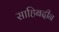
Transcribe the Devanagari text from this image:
साहिबदीन